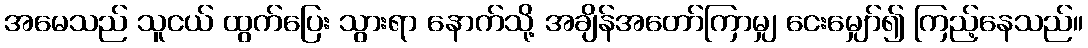
အမေသည် သူငယ် ထွက်ပြေး သွားရာ နောက်သို့ အချိန်အတော်ကြာမျှ ငေးမျှော်၍ ကြည့်နေသည်။